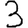
Digit: 3